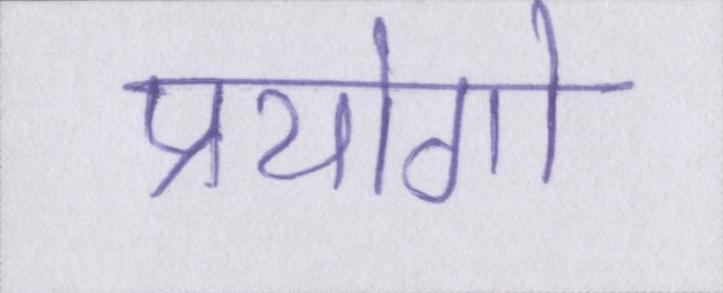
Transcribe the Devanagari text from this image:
प्रयोगो